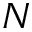
N